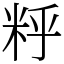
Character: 䉿